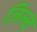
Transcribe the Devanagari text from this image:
ज़िल्द